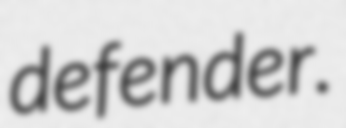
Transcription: defender.